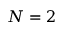
N = 2